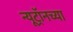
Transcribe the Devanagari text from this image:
न्यूट्रॉनच्या